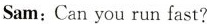
Sam:Can you run fast?